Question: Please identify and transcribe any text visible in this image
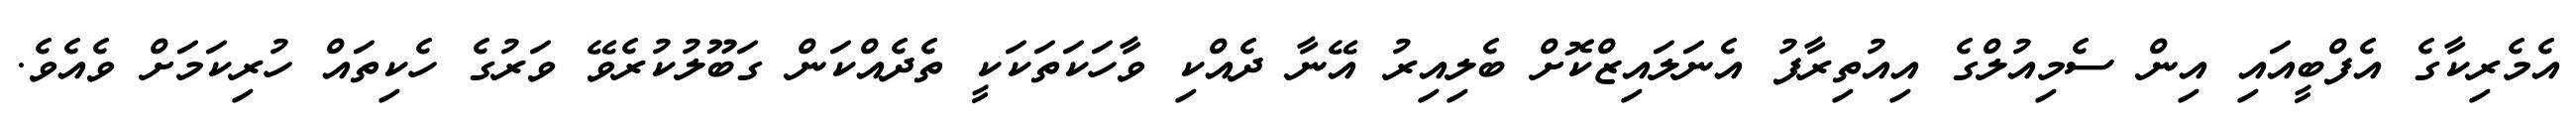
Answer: އެމެރިކާގެ އެފްބީއައި އިން ސެމިއުލްގެ އިއުތިރާފު އެނަލައިޒްކޮށް ބެލިއިރު އޭނާ ދެއްކި ވާހަކަތަކަކީ ތެދެއްކަން ގަބޫލުކުރެވޭ ވަރުގެ ހެކިތައް ހުރިކަމަށް ވެއެވެ.